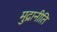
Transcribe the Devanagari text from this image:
मुद्रानीति